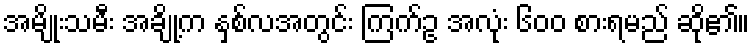
အမျိုးသမီး အချို့က နှစ်လအတွင်း ကြက်ဥ အလုံး ၆၀၀ စားရမည် ဆို၏။